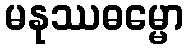
မနုဿဓမ္မော